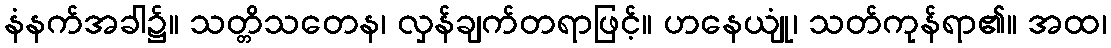
နံနက်အခါ၌။ သတ္တိသတေန၊ လှန်ချက်တရာဖြင့်။ ဟနေယျုံ၊ သတ်ကုန်ရာ၏။ အထ၊